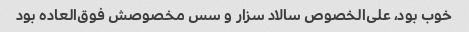
خوب بود، علی‌الخصوص سالاد سزار و سس مخصوصش فوق‌العاده بود